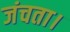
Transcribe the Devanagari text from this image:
जंचता।